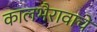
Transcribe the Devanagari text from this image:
कालभैरावाचे